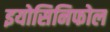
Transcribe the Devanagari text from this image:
इयोसिनिफोल